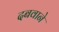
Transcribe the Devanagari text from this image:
दबवाने